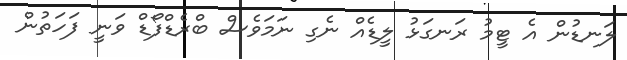
ލަނޑުން އެ ޓީމު ރަނގަޅު ލީޑެއް ނެގި ނަމަވެސް ބްރެޑްފޯޑް ވަނީ ފަަހަތުން